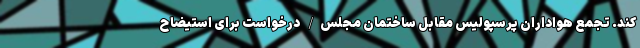
کند. تجمع هواداران پرسپولیس مقابل ساختمان مجلس/ درخواست برای استیضاح